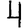
Digit: 4